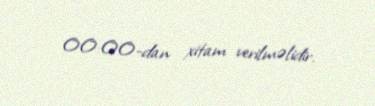
00:00-dan xitam verilməlidir.